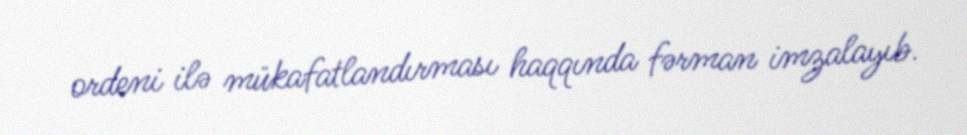
ordeni ilə mükafatlandırması haqqında fərman imzalayıb.